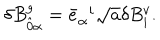
LaTeX: \delta B _ { \hat { 0 } \alpha } ^ { g } = { \bar { e } } _ { \alpha } ^ { \; \; i } \sqrt { a } \delta B _ { i } ^ { v } .